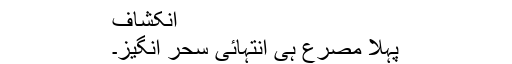
انکشاف
پہلا مصرع ہی انتہائی سحر انگیز۔